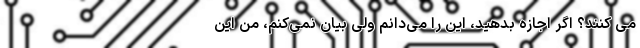
می کنند؟ اگر اجازه بدهید، این را می‌دانم ولی بیان نمی‌کنم، من این